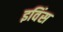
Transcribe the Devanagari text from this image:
इविंस